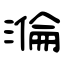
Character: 溣